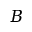
B